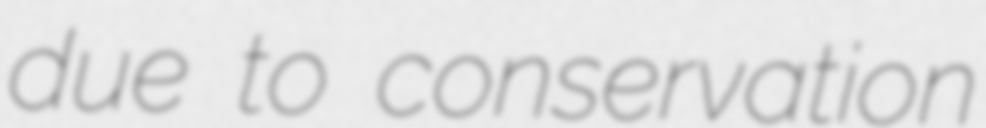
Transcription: due to conservation